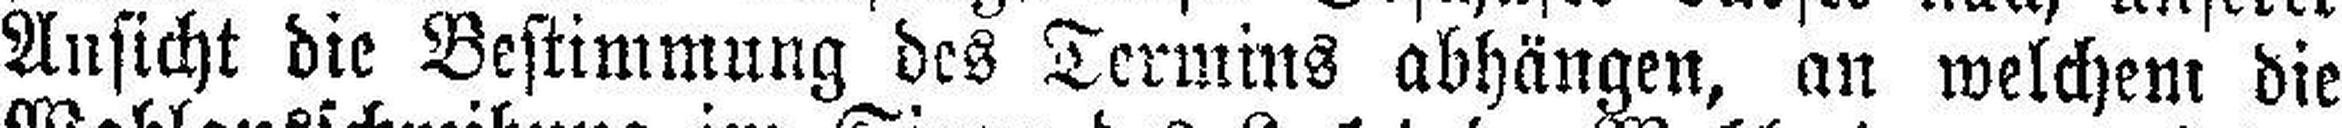
Ansicht die Bestimmung des Termins abhängen, an welchem die